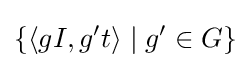
\lbrace \langle gI,g^{\prime }t\rangle \mid g^{\prime }\in G\rbrace